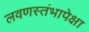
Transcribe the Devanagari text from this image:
लवणस्तंभापेक्षा